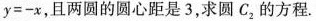
$$y = - x$$，且两圆的圆心距是3，求圆C_{2}的方程.